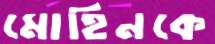
মোহিনকে